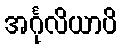
အင်္ဂုလိယာပိ